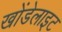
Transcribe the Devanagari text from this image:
खोंडेलाइट